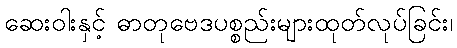
ဆေးဝါးနှင့် ဓာတုဗေဒပစ္စည်းများထုတ်လုပ်ခြင်း၊